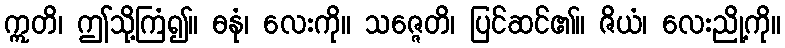
ဣတိ၊ ဤသို့ကြံ၍။ ဓနုံ၊ လေးကို။ သဇ္ဇေတိ၊ ပြင်ဆင်၏။ ဇိယံ၊ လေးညို့ကို။